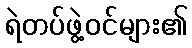
ရဲတပ်ဖွဲ့ဝင်များ၏